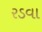
રડવા